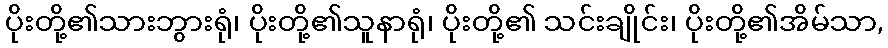
ပိုးတို့၏သားဘွားရုံ၊ ပိုးတို့၏သူနာရုံ၊ ပိုးတို့၏ သင်းချိုင်း၊ ပိုးတို့၏အိမ်သာ,